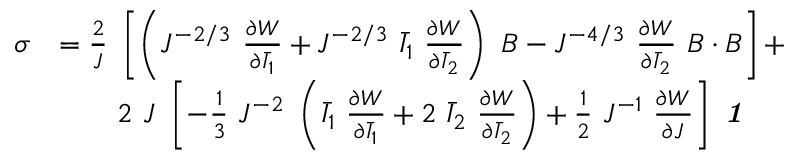
{ \begin{array} { r l } { { \boldsymbol { \sigma } } } & { = { \frac { 2 } { J } } ~ \left[ \left( J ^ { - 2 / 3 } ~ { \frac { \partial W } { \partial { \bar { I } } _ { 1 } } } + J ^ { - 2 / 3 } ~ { \bar { I } } _ { 1 } ~ { \frac { \partial W } { \partial { \bar { I } } _ { 2 } } } \right) ~ { \boldsymbol { B } } - J ^ { - 4 / 3 } ~ { \frac { \partial W } { \partial { \bar { I } } _ { 2 } } } ~ { \boldsymbol { B } } \cdot { \boldsymbol { B } } \right] + } \\ & { \qquad 2 ~ J ~ \left[ - { \frac { 1 } { 3 } } ~ J ^ { - 2 } ~ \left( { \bar { I } } _ { 1 } ~ { \frac { \partial W } { \partial { \bar { I } } _ { 1 } } } + 2 ~ { \bar { I } } _ { 2 } ~ { \frac { \partial W } { \partial { \bar { I } } _ { 2 } } } \right) + { \frac { 1 } { 2 } } ~ J ^ { - 1 } ~ { \frac { \partial W } { \partial J } } \right] ~ { \boldsymbol { \mathit { 1 } } } } \end{array} }